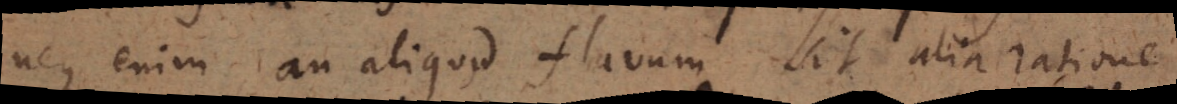
neque enim an aliquid flavum sit alia ratione